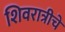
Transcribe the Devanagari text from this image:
शिवरात्रीचे